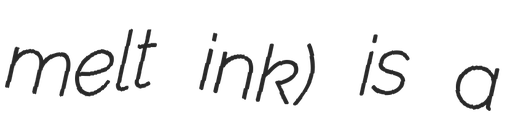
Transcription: melt ink) is a